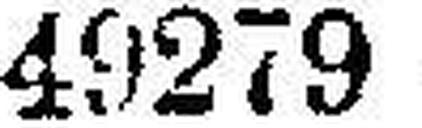
49279